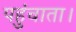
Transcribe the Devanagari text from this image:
पहुंचाता।